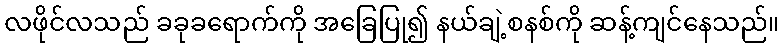
လဖိုင်လသည် ခခုခရောက်ကို အခြေပြု၍ နယ်ချဲ့စနစ်ကို ဆန့်ကျင်နေသည်။